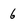
Character: 6